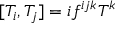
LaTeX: [ T _ { i } , T _ { j } ] = i f ^ { i j k } T ^ { k }